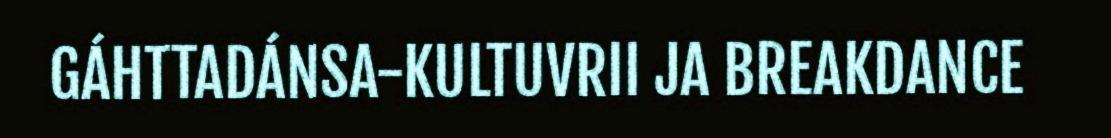
GÁHTTADÁNSA-KULTUVRII JA BREAKDANCE